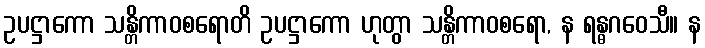
ဥပဋ္ဌာကော သန္တိကာဝစရောတိ ဥပဋ္ဌာကော ဟုတွာ သန္တိကာဝစရော, န ရန္ဓဂဝေသီ။ န